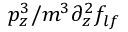
p _ { z } ^ { 3 } / m ^ { 3 } \partial _ { z } ^ { 2 } f _ { l f }